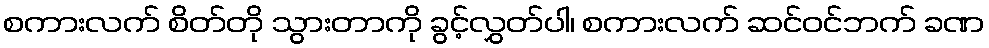
စကားလက် စိတ်တို သွားတာကို ခွင့်လွှတ်ပါ၊ စကားလက် ဆင်ဝင်ဘက် ခဏ